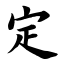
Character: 定